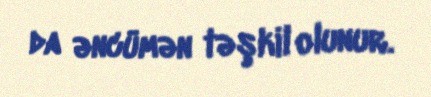
da əncümən təşkil olunur.